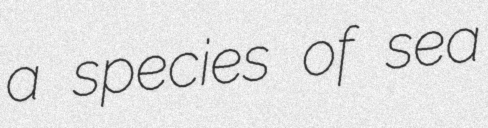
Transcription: a species of sea